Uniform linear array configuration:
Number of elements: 64
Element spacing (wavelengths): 0.75
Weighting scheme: blackman
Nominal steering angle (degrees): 30
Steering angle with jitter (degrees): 29.435
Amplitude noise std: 0.05
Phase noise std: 0.05

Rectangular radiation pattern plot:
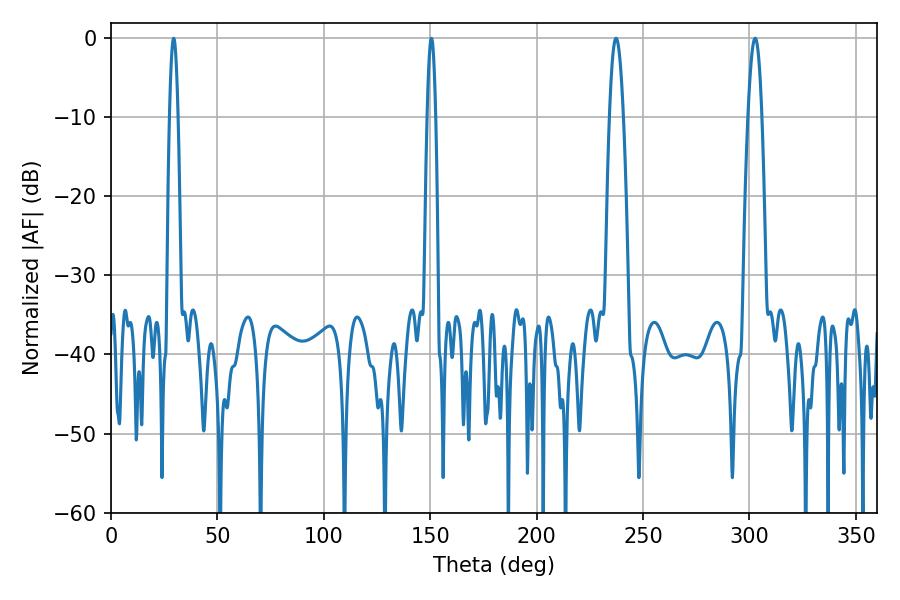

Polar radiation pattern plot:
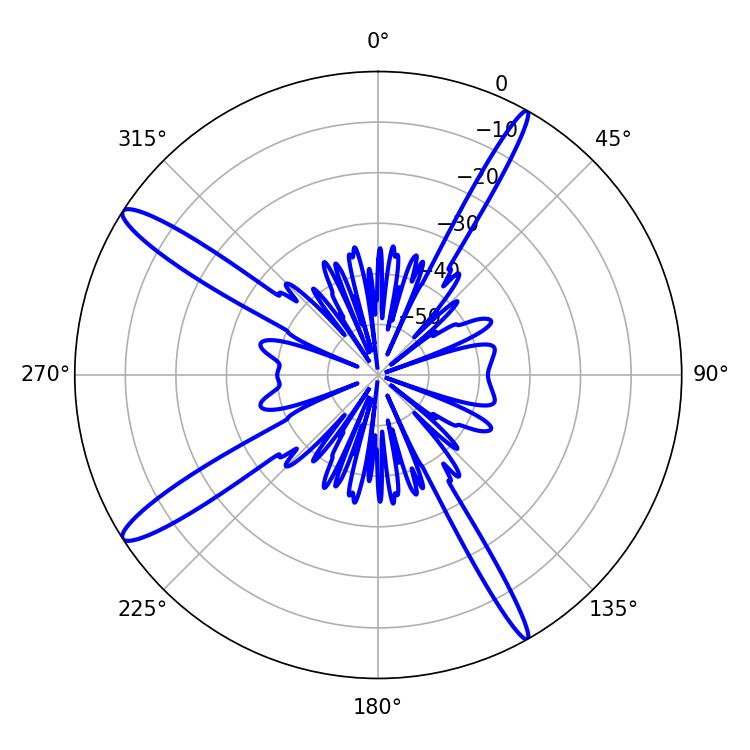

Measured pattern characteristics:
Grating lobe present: TRUE
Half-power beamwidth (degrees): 3.6
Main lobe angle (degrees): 302.76